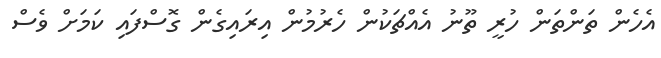
އެހެން ތަންތަން ހުރީ ތޫނު އެއްޗަކުން ހެރުމުން އިރައިގެން ގޮސްފައި ކަމަށް ވެސް